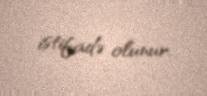
istifadə olunur.